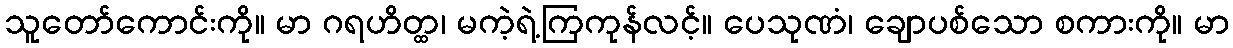
သူတော်ကောင်းကို။ မာ ဂရဟိတ္ထ၊ မကဲ့ရဲ့ကြကုန်လင့်။ ပေသုဏံ၊ ချောပစ်သော စကားကို။ မာ